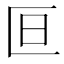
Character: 𫧍